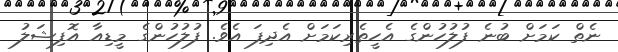
ނެތް ކަމަށް ބުނެ ފުލުހުންގެ އެހީތެރިކަމަށް އެދިފަ އެވެ. ފުލުހުންގެ މީޑިއާ އޮފިޝަލު